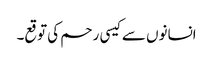
انسانوں سے کیسی رحم کی توقع۔